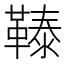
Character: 𩌉